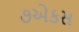
૭એકસ